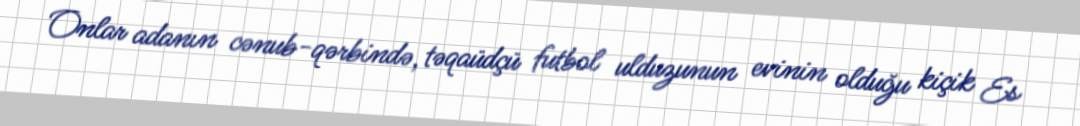
Onlar adanın cənub-qərbində, təqaüdçü futbol ulduzunun evinin olduğu kiçik Es